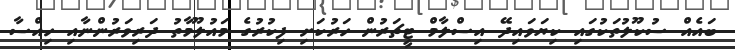
ބައެއް ސުކޫލުތަކުގައި ކިޔަވައިދޭ އިސްލާމް ޓީޗަރުން ހަރުކަށި ފިކުރުގެ މައުލޫމާތު ދަރިވަރުންނާއި ހިއްސާ